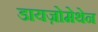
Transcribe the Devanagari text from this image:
डायज़ोमेथेन